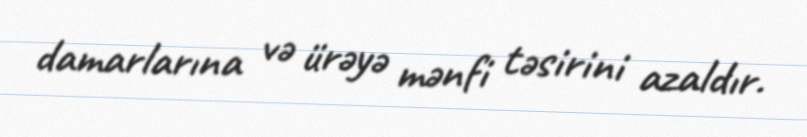
damarlarına və ürəyə mənfi təsirini azaldır.